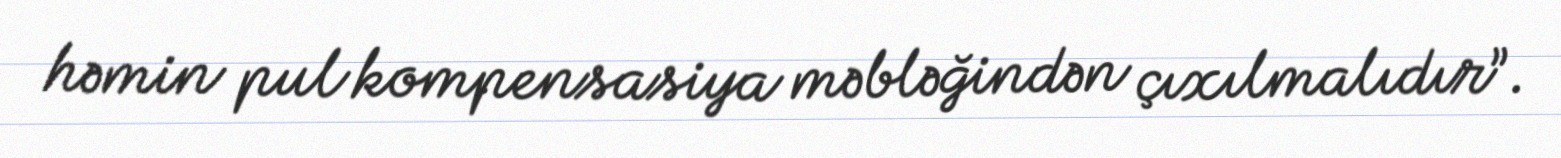
həmin pul kompensasiya məbləğindən çıxılmalıdır”.